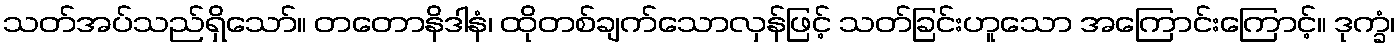
သတ်အပ်သည်ရှိသော်။ တတောနိဒါနံ၊ ထိုတစ်ချက်သောလှန်ဖြင့် သတ်ခြင်းဟူသော အကြောင်းကြောင့်။ ဒုက္ခံ၊